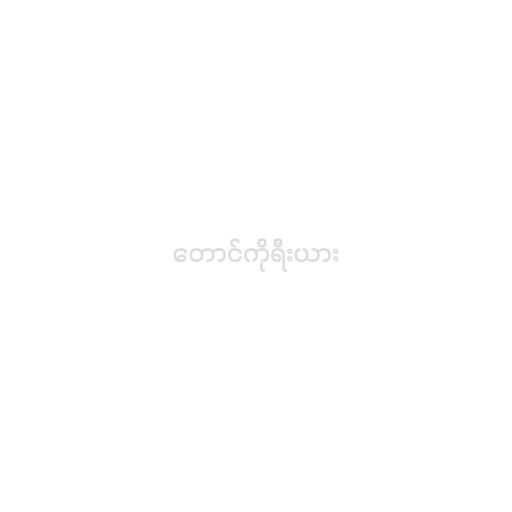
တောင်ကိုရီးယား